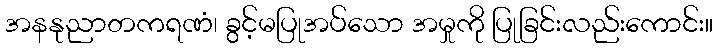
အနနုညာတကရဏံ၊ ခွင့်မပြုအပ်သော အမှုကို ပြုခြင်းလည်းကောင်း။